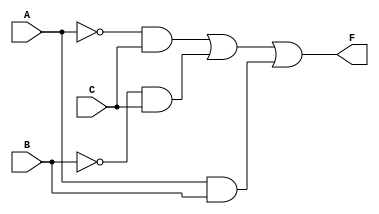
module combinational_logic_block (
    input wire A,  // Input A
    input wire B,  // Input B
    input wire C,  // Input C
    output wire F  // Output F
);

// Implementing the simplified logic expression F = A'C + B'C + AB
assign F = (~A & C) | (~B & C) | (A & B);

endmodule